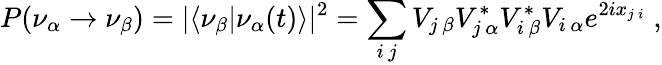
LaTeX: P(\nu_{\alpha}\rightarrow\nu_{\beta})=|\langle\nu_{\beta}|\nu_{\alpha}(t)\rangle|^{2}=\sum_{i\, j}V_{j\, \beta}V_{j\, \alpha}^{*}V_{i\, \beta}^{*}V_{i\, \alpha}e^{2ix_{j\, i}}\; ,